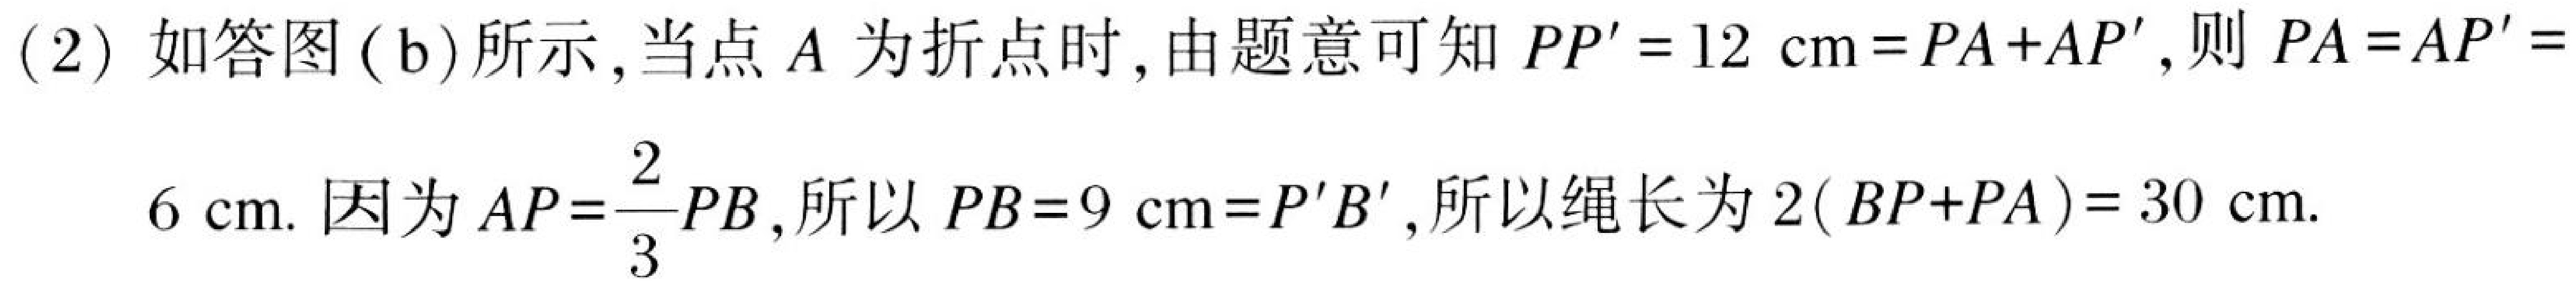
(2) 如答图 (b)所示,当点\(A\)为折点时,由题意可知\(PP' = 12\mathrm{cm}=PA + AP'\),则\(PA=AP' = 6\mathrm{cm}\). 因为\(AP=\dfrac{2}{3}PB\),所以\(PB = 9\mathrm{cm}=P'B'\),所以绳长为\(2(BP + PA)=30\mathrm{cm}\).